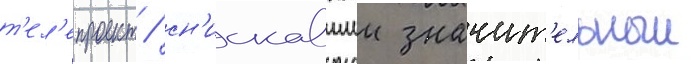
т'ел'епроект / сн'искавшии значит'ельныи